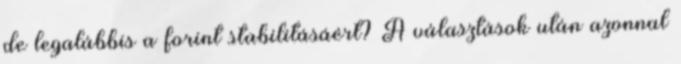
de legalábbis a forint stabilitásáért? A választások után azonnal